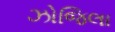
ઝોજિલા